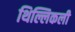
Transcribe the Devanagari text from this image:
थिल्लिकली